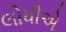
લોધીએ